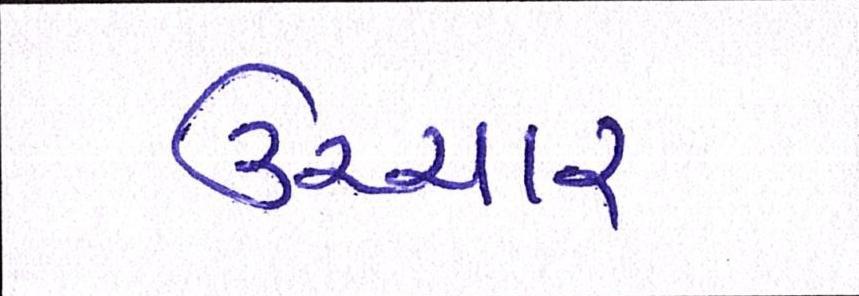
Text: ઉચ્ચાર